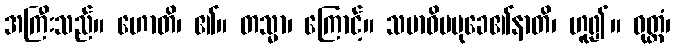
အကြီးသည်။ ဟောတိ၊ ၏။ တသ္မာ၊ ကြောင့်။ သမာဓိပမုခေ၏နာတိ၊ ဟူ၍။ ဝုတ္တံ၊